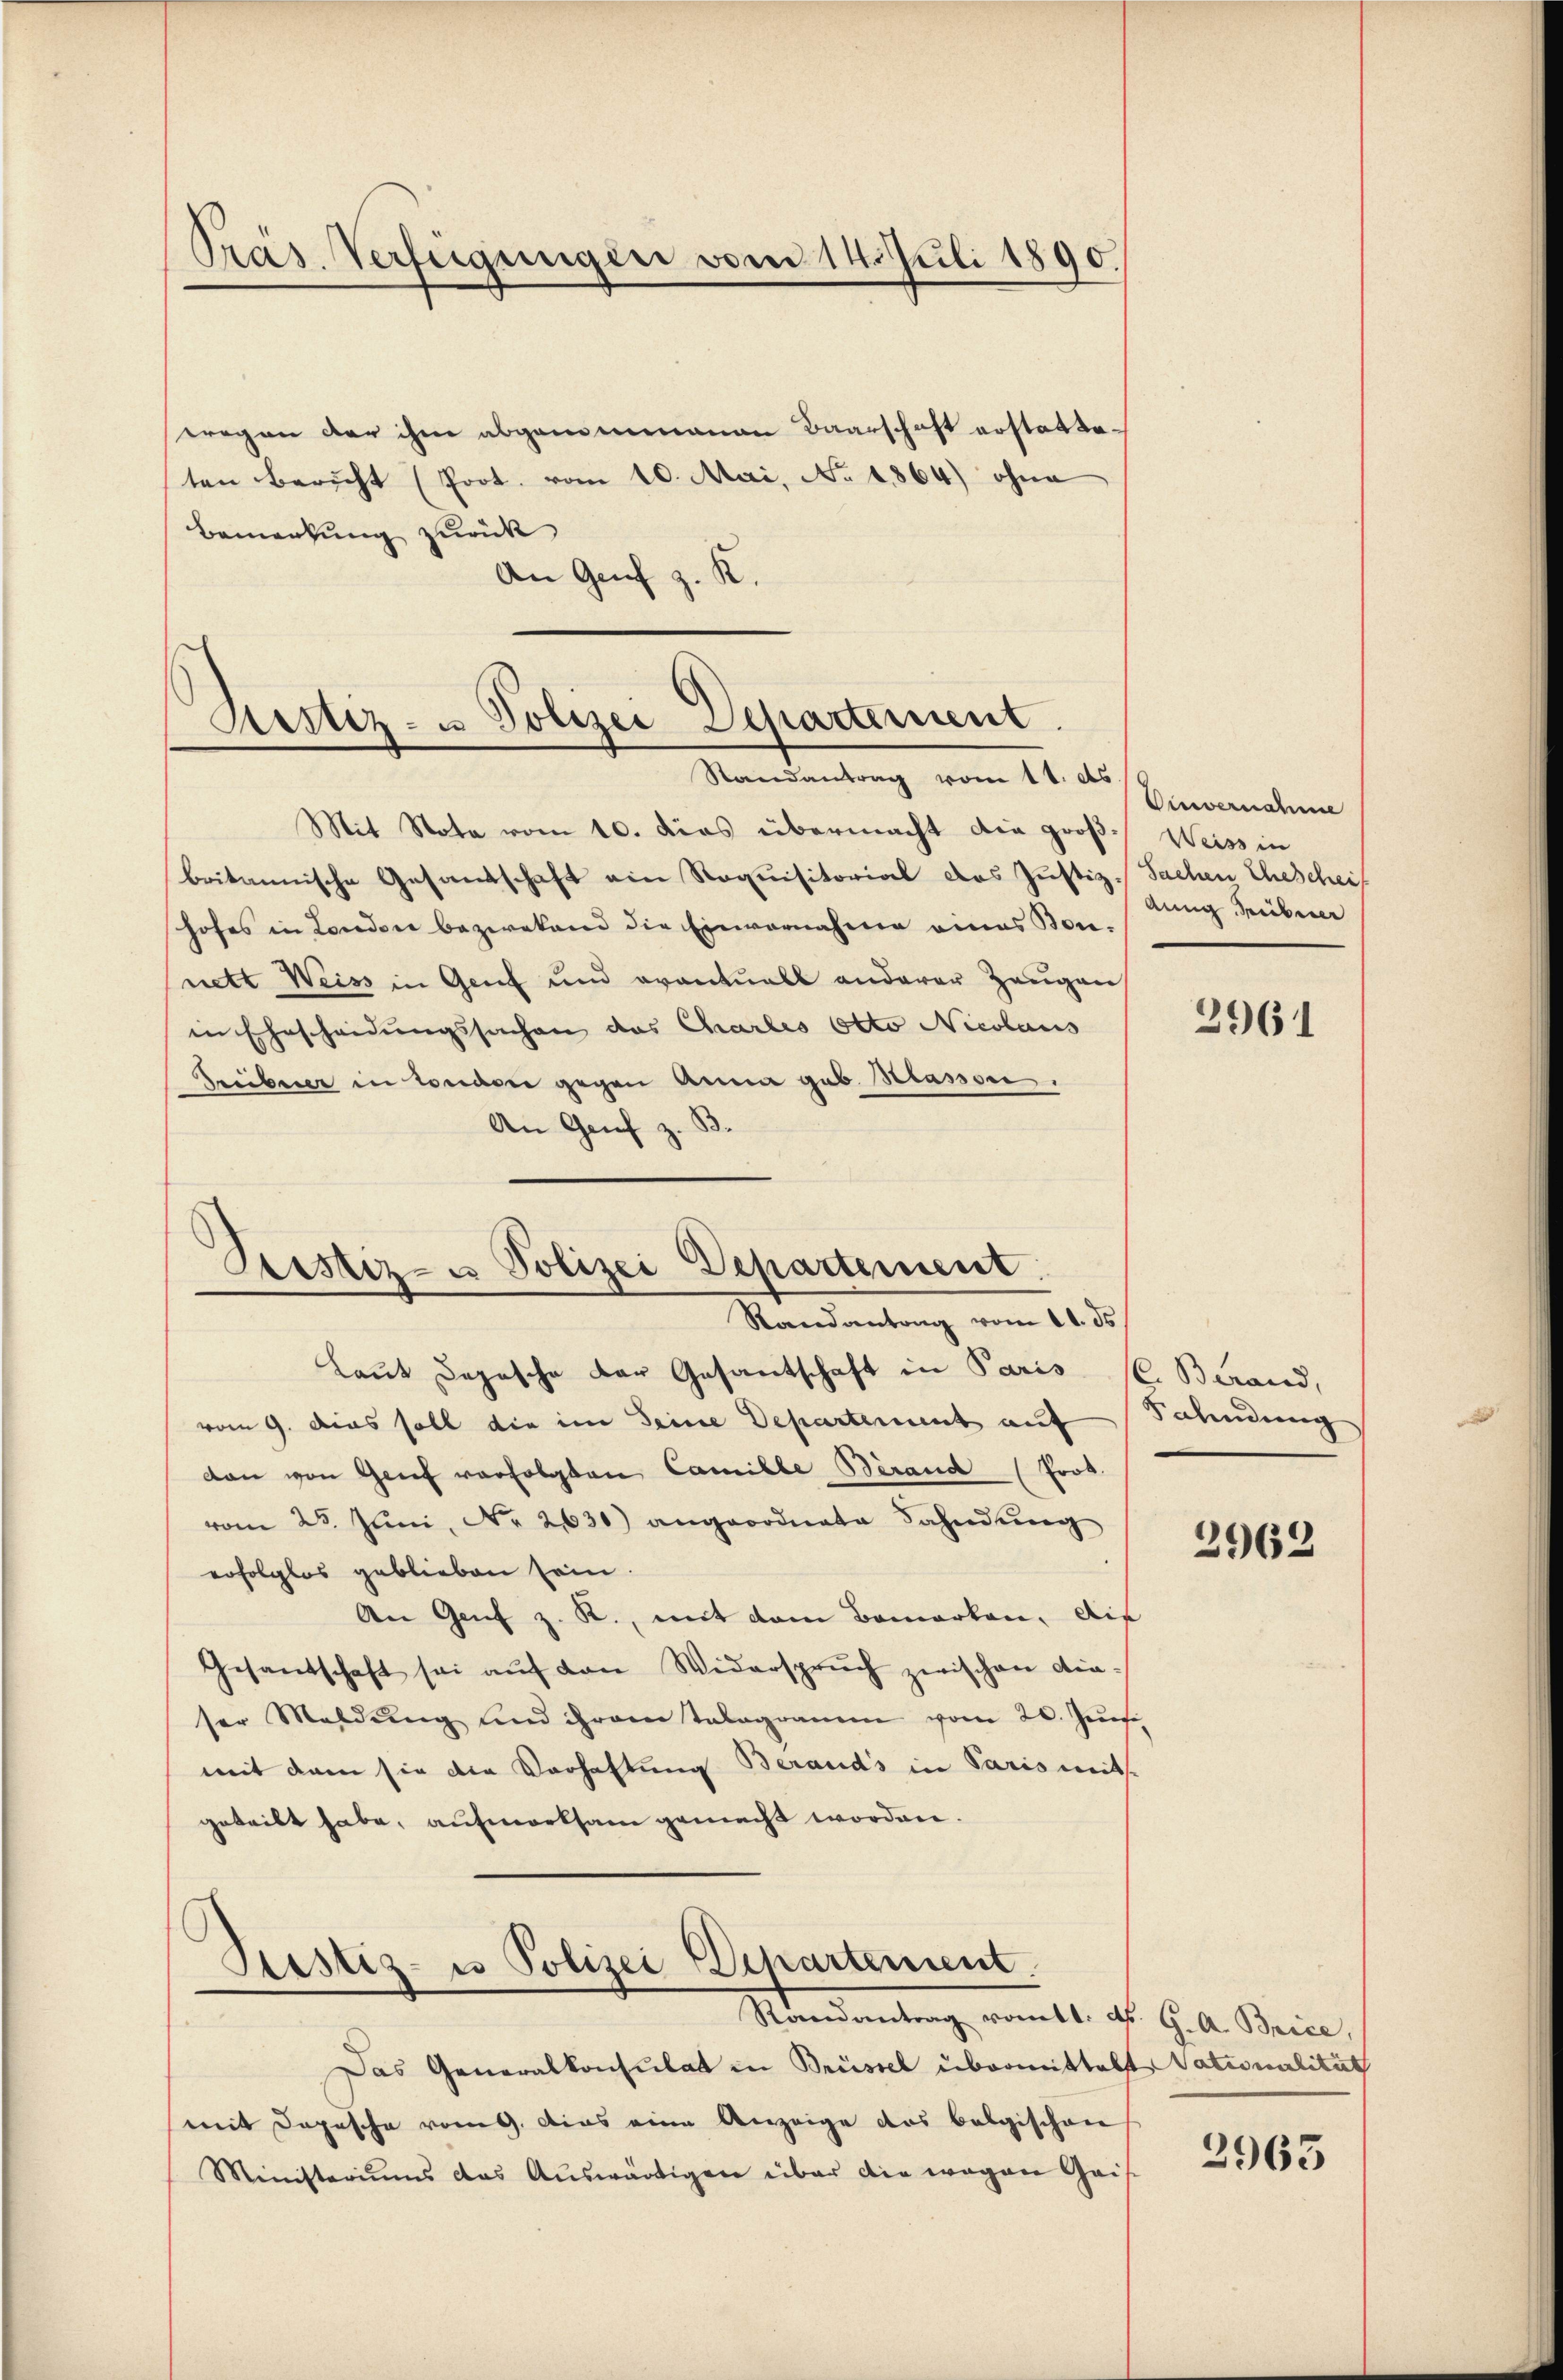
Präs. Verfügungen vom 14. Juli 1890.

wegen der ihm abgenommenen Baarschaft erstatteten Bericht (Prot. vom 10. Mai, No 1864) ohne
Bemerkung zurück
An Genf z. K.

Mit Nota vom 10. dies übermacht die große Weiss in
britannische Gesandschaft ein Requisitorial des Justiz- Sachen Eheschei
hofes in London bezwekend die Einvernahme eines Bonnett Weiss in Genf und eventuell anderer Zeugen
in Ehescheidungssachen das Charles Otto Nicolaus
Freibeser in London gegen Anna geb. Klassen.
An Grif z. B.
Laut Depesche der Gesantschaft in Paris
vom 9. dies soll die im Seine Departement auf
dan von Genf verfolgten Camille Berand (Prot.
vom 23. Juni, No 2630) angeordnete Fahndung
erfolglos geblieben sein.
An Genf z. R., mit dem Bemerken, die
Gesandschaft sei auf den Widerspruch zwischen dieser Maldŭng und ihrem Talagramm vom 20. Jŭn
mit dem sie die Verhaltung Berands in Paris mit
geteilt habe, aufmerksam gemacht worden.

Kustiz- u Polizei Departement.
Randantrag vom 11. ds.

Sistiz- u Polizei Departement.
Randantrag vom 11. ds.

Prestiz- u Polizei Departement.
Randantrag romtt. d. G. A. Brice,

Einvernahme
dung Sibener

Das Generalkonsulat in Brüssel übermittelt Vationalität
mit Depesche vom 9. Aus eine Anzeige das belgischen
Ministeriums das Aŭswärtigen über die wegen Gais-

2961

C. Berand,
Sahndung

2962

2963